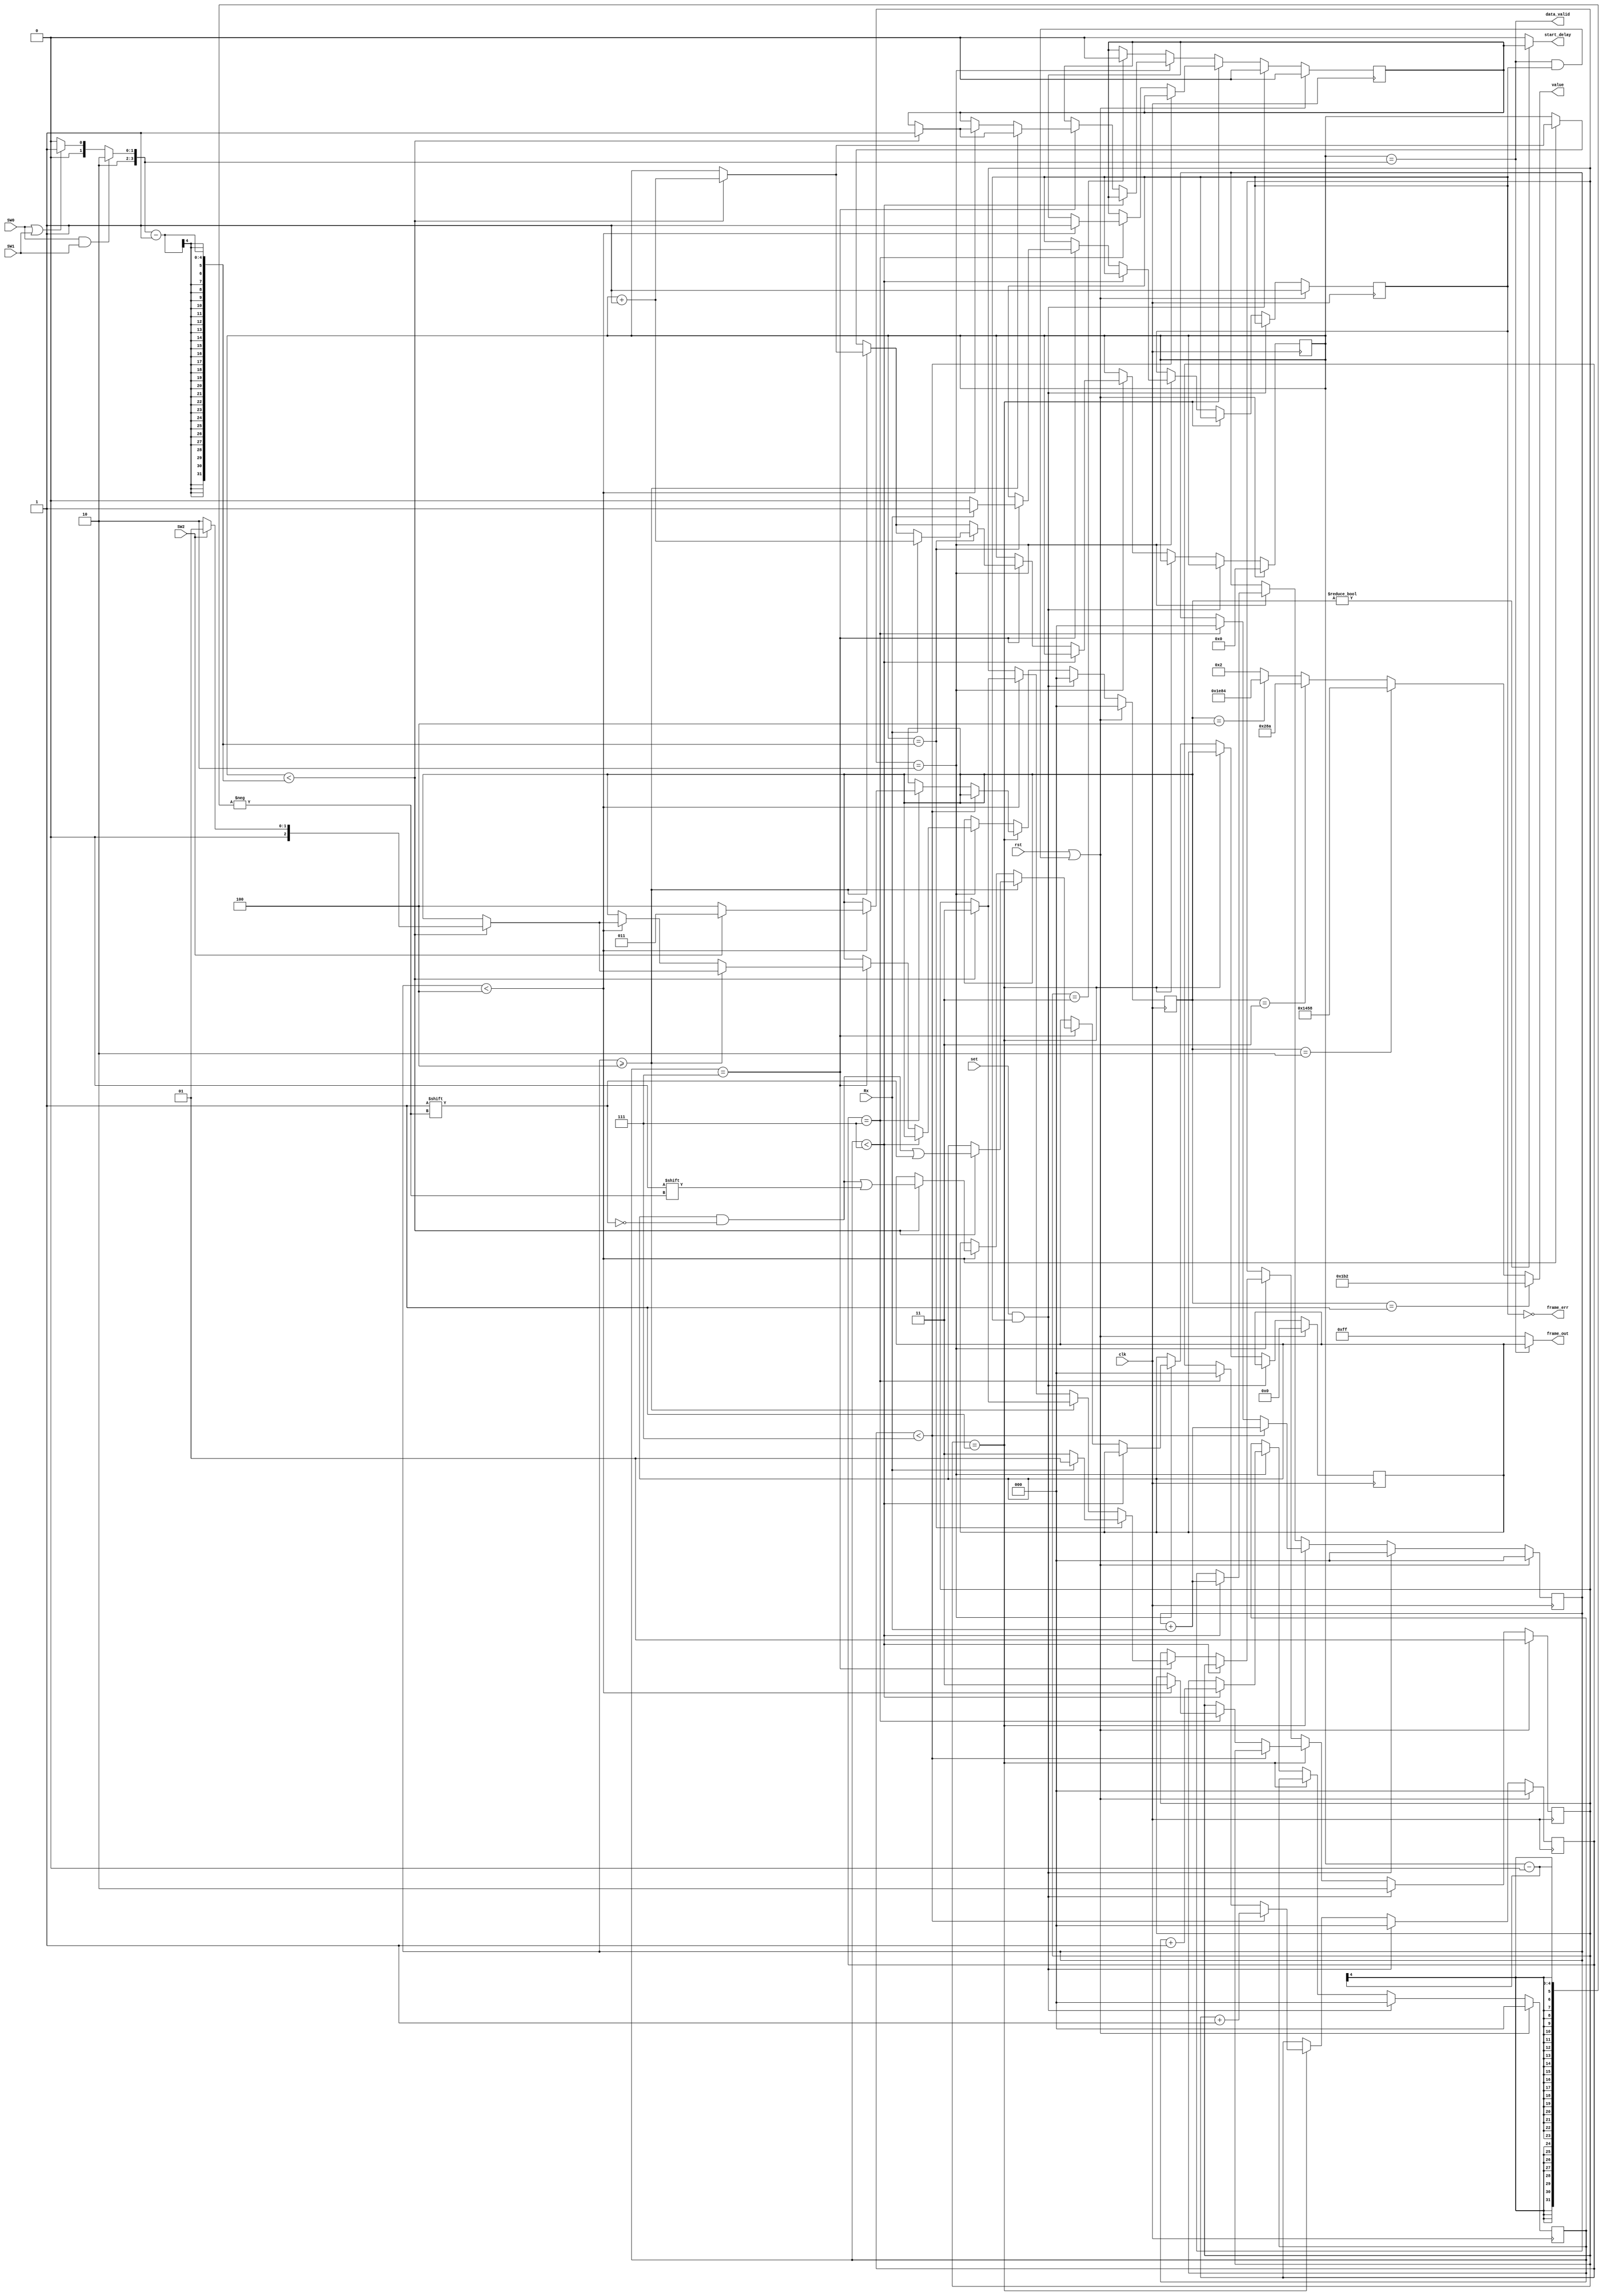
module majority(
	input 				clk,
	input 				rst,
	input 				Rx, 	 	// level		
	input 				set, 	 	// pulse
	input				SW0,		// 0 for no parity, 1 for even parity
	input				SW1,		// 0 for 7 bit length, 1 for 8 bit length
	input				SW2,		// 0 for 9600b/s, 1 for 115200b/s
	
	output				start_delay,
	output	[12:0]		value,
	output	[8:0]		frame_out,
	output				data_valid,
	output				frame_err
);

wire	[3:0]	num_of_bits;		// the total amount of bits to be received with the parity
reg		[1:0]	start_rec; 			// state selector (1 = find start bit /// 2 = find data bits /// 3 = wait for the next frame)
reg		[2:0]	cntr;				// real bits counter
reg		[2:0]	start_cntr;			// counter for the start bit
reg		[2:0]	bit_counter;	
reg		[2:0]	reg_value;			// delay value register
reg 	[3:0]	frame_counter;		// counts the number of bits that were read
reg		[8:0]	data;				// register for the data
reg				stop_bit;			// flag for the stop bit
reg				start_counting; 	// flag to start the delay process


assign num_of_bits = (SW0 && SW1) ? 'd10 : ((SW0 || SW1) ? 'd9 : 'd8);


always @(posedge clk) 	
	if (rst || (data_valid && stop_bit)) begin	// start to recognize the start_bit
		data <= 9'b0;
		frame_counter <= 'd0;
		start_rec <= 'd1;
		cntr <= 'd0;
		bit_counter <= 'd0;
		reg_value <= 'd0;
		start_cntr <= 'd0;
		stop_bit <= 'd1;
		start_counting <= 'd0;
	end
	else if (set && stop_bit) begin				// start the real frame bits recognition process
		start_rec <= 'd2;
		cntr <= 'd0;
		bit_counter <= 'd0;
		reg_value <= 'd0;
		start_cntr <= 'd0;
		start_counting <= 'd0;
	end
	
	else if (start_rec == 'd1) begin	// ----[ look for the start bit ]----
		$display("start_rec == 1");
		if (start_cntr < 'd7) begin		// less than 7 samples
			bit_counter <= bit_counter + Rx;	//count the number of ones
			start_cntr <= start_cntr + 'd1;
		end
		else if (start_cntr == 'd7) begin	// we got 7 samples
			reg_value <= (bit_counter < 'd4) ? (SW2 ? 'd3: 'd4) : reg_value;		// assign the delay value to be 650/7812 clocks
			start_counting <= (bit_counter < 'd4) ? 'd1 : start_counting;
			start_rec <= (bit_counter < 'd4) ? 'd3 : start_rec;					// idle state
			bit_counter <= 'd0; 
			start_cntr <= 'd0;
		end	
	end
	
	else if (start_rec == 'd2) begin	// ----[ look for the real data ]----
		$display("start_rec == 2");
		if (cntr < 'd7) begin			// less than 7 samples
			bit_counter <= bit_counter + Rx;
			cntr <= cntr + 'd1;
		end
		else if (cntr == 'd7) begin		// we got 7 samples
			if (bit_counter >= 'd4) begin
				if ((frame_counter < num_of_bits - 1)) begin
					data[frame_counter] <= 1;
					frame_counter <= frame_counter + 'd1;
					reg_value <= SW2 ? 'd1 : 'd2;		// assign the delay value to be 434/5208 clocks
					start_counting <= 'd1;
					start_rec <= 'd3;
				end			
			end
			else if ( bit_counter < 'd4) begin
				if ((frame_counter < num_of_bits - 1)) begin
					data[frame_counter] <= 0;
					frame_counter <= frame_counter + 'd1;
					reg_value <= SW2 ? 'd1 : 'd2;		// assign the delay value to be 434 clocks
					start_counting <= 'd1;
					start_rec <= 'd3;
				end
			end
			if ((frame_counter == num_of_bits - 1)) begin	// detect the stop bit
				if (Rx == 1) begin
					stop_bit <= 'd1;
					frame_counter <= frame_counter + 'd1;
					start_rec <= 'd1;
				end
				else if (Rx == 0) begin		// stop bit didn't recognized
					stop_bit <= 'd0;
					start_rec <= 'd3;	// switch state - we have an error
					$display("Frame error!!!");
				end
			end
		end
	end
	
	else if (start_rec == 'd3) begin	// ----[ idle state ]----
		start_counting <= 'd0;	// do nothing until set again
	end


assign data_valid = (frame_counter == num_of_bits); //pulse
assign frame_out = data_valid ? data : 'b11111111; // level
assign value = (reg_value == 1) ? 'd434 : (reg_value == 2 ? 'd5208 : (reg_value == 3 ? 'd650 : (reg_value == 4 ? 'd7812 : 'd2))) ; // level
assign frame_err = (stop_bit == 'd0); // level
assign start_delay = (reg_value != 0) ? start_counting : 0;

endmodule